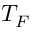
T _ { F }